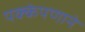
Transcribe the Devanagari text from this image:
पक्केपणाने